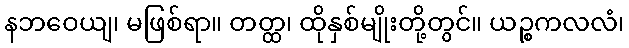
နဘဝေယျ၊ မဖြစ်ရာ။ တတ္ထ၊ ထိုနှစ်မျိုးတို့တွင်။ ယဉ္စကလလံ၊